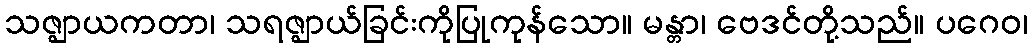
သဇ္ဈာယကတာ၊ သရဇ္ဈာယ်ခြင်းကိုပြုကုန်သော။ မန္တာ၊ ဗေဒင်တို့သည်။ ပဂေဝ၊